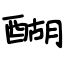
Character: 醐